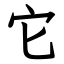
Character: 它